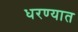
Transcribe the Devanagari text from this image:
धरण्‍यात